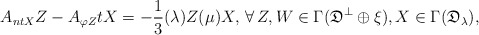
\begin{align*}A_{ntX}Z-A_{\varphi Z}tX = -\frac{1}{3}(\lambda)Z(\mu)X, \,\forall \, Z, W \in \Gamma(\mathfrak{D}^{\bot}\oplus\xi), X \in \Gamma(\mathfrak{D}_{\lambda}), \end{align*}